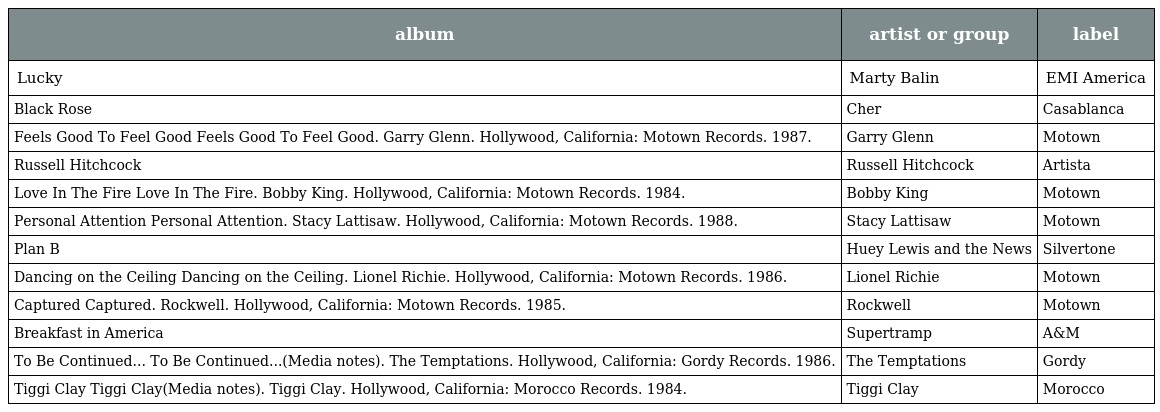
| album | artist or group | label |
 | --- | --- | --- |
 | Lucky | Marty Balin | EMI America |
 | Black Rose | Cher | Casablanca |
 | Feels Good To Feel Good Feels Good To Feel Good. Garry Glenn. Hollywood, California: Motown Records. 1987. | Garry Glenn | Motown |
 | Russell Hitchcock | Russell Hitchcock | Artista |
 | Love In The Fire Love In The Fire. Bobby King. Hollywood, California: Motown Records. 1984. | Bobby King | Motown |
 | Personal Attention Personal Attention. Stacy Lattisaw. Hollywood, California: Motown Records. 1988. | Stacy Lattisaw | Motown |
 | Plan B | Huey Lewis and the News | Silvertone |
 | Dancing on the Ceiling Dancing on the Ceiling. Lionel Richie. Hollywood, California: Motown Records. 1986. | Lionel Richie | Motown |
 | Captured Captured. Rockwell. Hollywood, California: Motown Records. 1985. | Rockwell | Motown |
 | Breakfast in America | Supertramp | A&M |
 | To Be Continued... To Be Continued...(Media notes). The Temptations. Hollywood, California: Gordy Records. 1986. | The Temptations | Gordy |
 | Tiggi Clay Tiggi Clay(Media notes). Tiggi Clay. Hollywood, California: Morocco Records. 1984. | Tiggi Clay | Morocco |